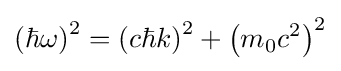
\left(\hbar \omega \right)^{2}=\left(c\hbar k\right)^{2}+\left(m_{0}c^{2}\right)^{2}